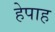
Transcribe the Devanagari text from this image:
हेपाह